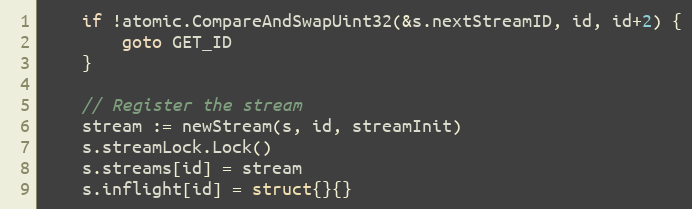
Language: Go
	if !atomic.CompareAndSwapUint32(&s.nextStreamID, id, id+2) {
		goto GET_ID
	}

	// Register the stream
	stream := newStream(s, id, streamInit)
	s.streamLock.Lock()
	s.streams[id] = stream
	s.inflight[id] = struct{}{}